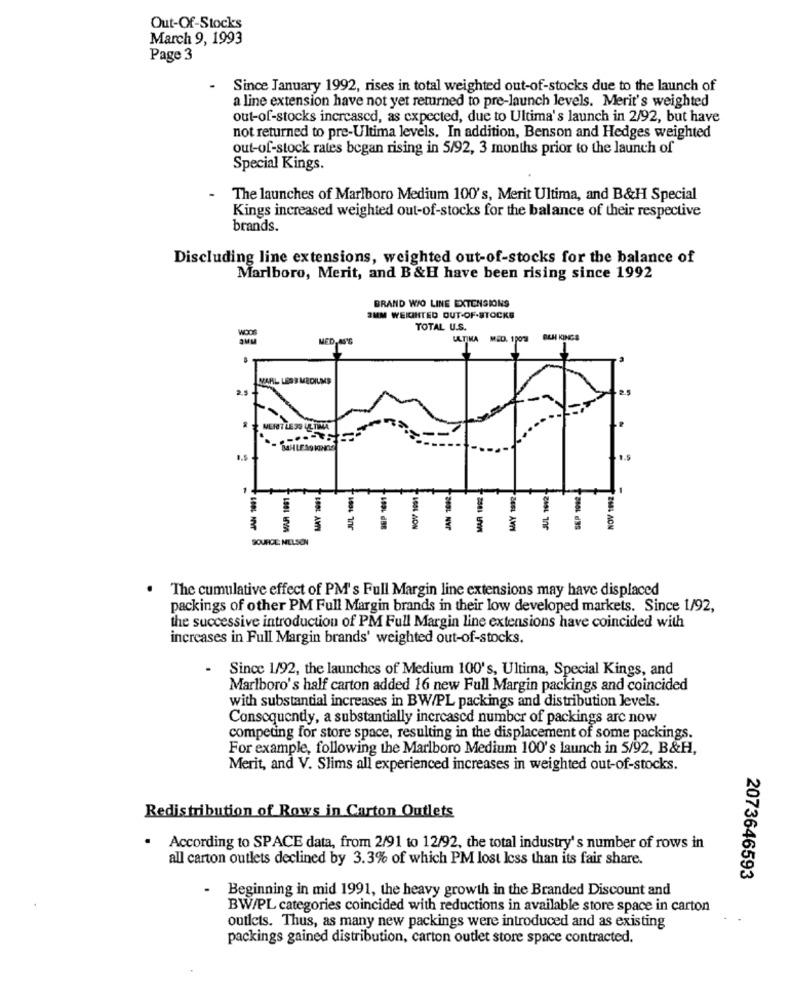
Out-Of-Stocks
March 9, 1993
Page 3
Since January 1992, rises in total weighted out-of-stocks due to the launch of
a line extension have not yet returned to pre-launch levels. Merit's weighted
out-of-stocks increased, as expected, due to Ultima's launch in 2/92, but have
not returned to pre-Ultima levels. In addition, Benson and Hedges weighted
out-of-stock rates began rising in 5/92, 3 months prior to the launch of
Special Kings.
The launches of Marlboro Medium 100's, Merit Ultima, and B&H Special
Kings increased weighted out-of-stocks for the balance of their respective
brands.
Discluding line extensions, weighted out-of-stocks for the balance of
Marlboro, Merit, and B &H have been rising since 1992
BRAND WO LINE EXTENSIONS
3MM WEIGHTED OUT-OF-STOCKG
TOTAL U.S.
aww
MED. AS'S
ULTIMA MED. 10038 BAH KINGS
MARL LESB MEDIUMS
MERIT LESS ULTIMA
MAUR 1881
MAY 1661
1
1
LOOL AON
243L NVP
$
6
SOUHICE NELSON
The cumulative effect of PM's Full Margin line extensions may have displaced
packings of other PM Full Margin brands in their low developed markets. Since 1/92,
the successive introduction of PM Full Margin line extensions have coincided with
increases in Full Margin brands' weighted out-of-stocks.
.
Since 1/92, the launches of Medium 100's, Ultima, Special Kings, and
Marlboro's half carton added 16 new Full Margin packings and coincided
with substantial increases in BW/PL packings and distribution levels.
Consequendy, a substantially increased number of packings are now
competing for store space, resulting in the displacement of some packings.
For example, following the Marlboro Medium 100's launch in 5/92, B&H,
Merit, and V. Slims all experienced increases in weighted out-of-stocks.
Redistribution of Rows in Carton Outlets
.
According to SPACE data, from 2/91 to 12/92, the total industry's number of rows in
all carton outlets declined by 3.3% of which PM lost less than its fair share.
2073646593
Beginning in mid 1991, the heavy growth in the Branded Discount and
BW/PL categories coincided with reductions in available store space in carton
outlets. Thus, as many new packings were introduced and as existing
packings gained distribution, carton outlet store space contracted.